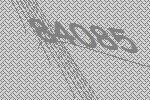
84085